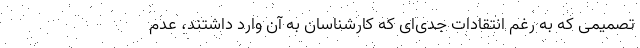
تصمیمی که به رغم انتقادات جدی‌ای که کارشناسان به آن وارد داشتند، عدم